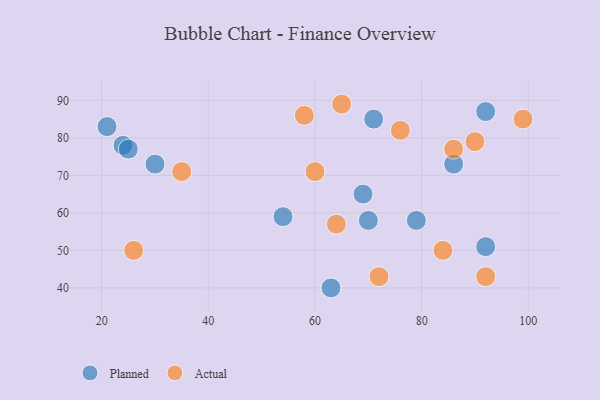
{"axis": {"x": "GDP", "y": "Life Expectancy"}, "legend": ["Actual", "Planned"], "data": [{"x": "71", "y": 85, "type": "Planned"}, {"x": "30", "y": 73, "type": "Planned"}, {"x": "86", "y": 73, "type": "Planned"}, {"x": "69", "y": 65, "type": "Planned"}, {"x": "92", "y": 87, "type": "Planned"}, {"x": "63", "y": 40, "type": "Planned"}, {"x": "24", "y": 78, "type": "Planned"}, {"x": "25", "y": 77, "type": "Planned"}, {"x": "79", "y": 58, "type": "Planned"}, {"x": "54", "y": 59, "type": "Planned"}, {"x": "21", "y": 83, "type": "Planned"}, {"x": "70", "y": 58, "type": "Planned"}, {"x": "92", "y": 51, "type": "Planned"}, {"x": "92", "y": 43, "type": "Actual"}, {"x": "72", "y": 43, "type": "Actual"}, {"x": "86", "y": 77, "type": "Actual"}, {"x": "58", "y": 86, "type": "Actual"}, {"x": "64", "y": 57, "type": "Actual"}, {"x": "65", "y": 89, "type": "Actual"}, {"x": "99", "y": 85, "type": "Actual"}, {"x": "26", "y": 50, "type": "Actual"}, {"x": "90", "y": 79, "type": "Actual"}, {"x": "84", "y": 50, "type": "Actual"}, {"x": "35", "y": 71, "type": "Actual"}, {"x": "60", "y": 71, "type": "Actual"}, {"x": "76", "y": 82, "type": "Actual"}]}